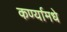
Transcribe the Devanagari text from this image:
कर्ण्यामधे